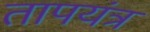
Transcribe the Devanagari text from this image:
तापयंत्र